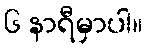
၆ နာရီမှာပါ။